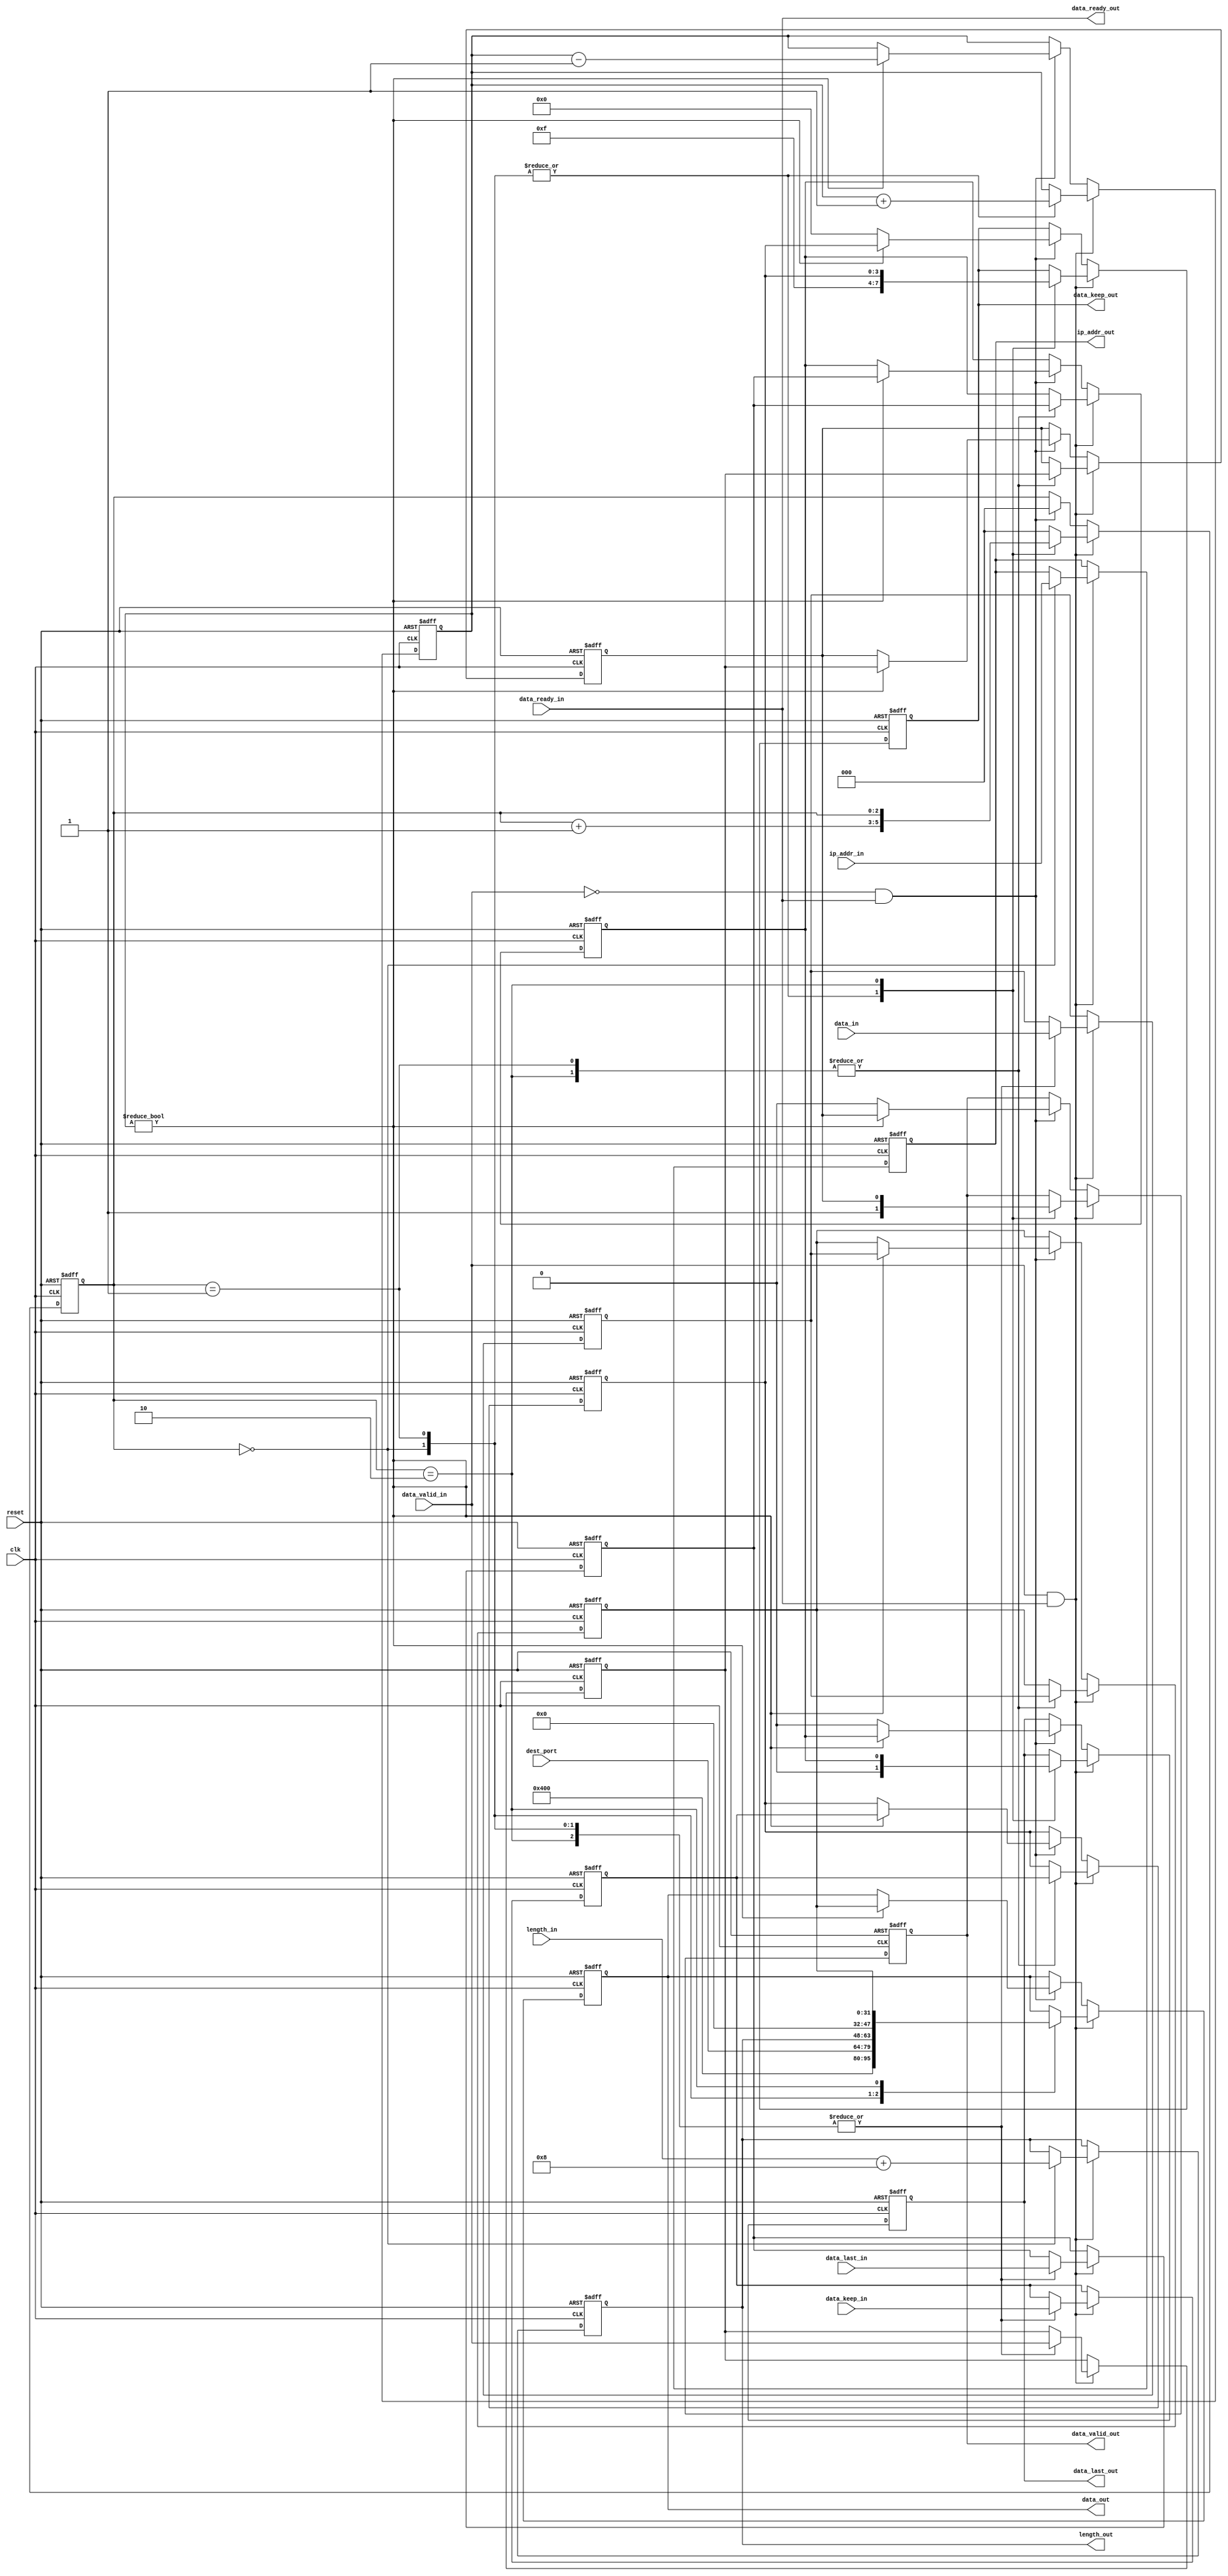
`timescale 1ns / 1ps

/********************************************************************************

udp_send.v

Takes in data from the application along with a valid bit, an IP address and destination port number, and encapsulates it with the UDP header.  Outputs the data, a valid bit, the destination IP address, and the data length.

Current implementation does not utilize checksum.

*********************************************************************************/

//UDP package
//0                       15                             31
//-------------------------------------------------------------
// 16-bit source port          |     16-bit destination port  |
//------------------------------------------------------------
// 16-bit UDP length            |      16-bit checksum          |
//-------------------------------------------------------------
//                        Data
//-------------------------------------------------------------

`define SOURCE_PORT 16'h0400
`define CHECKSUM 16'h0      // no checksum in udp
module udp_send(
    input           clk,
    input           reset,

    //udp data in
    input [31:0]        data_in,
    input               data_valid_in,
    input [3:0]         data_keep_in,
    input               data_last_in,
    output              data_ready_out,

    input [31:0]        ip_addr_in,
    input [15:0]        dest_port,
    input [15:0]        length_in,

    //udp data out
    output reg [31:0]   ip_addr_out,

    input               data_ready_in,
    output reg [31:0]   data_out,
    output reg          data_valid_out,
    output reg [3:0]    data_keep_out,
    output reg          data_last_out,
    output reg [15:0]   length_out

);

reg [2:0]               cnt, bufcnt;
reg [31:0]              data_buffer1, data_buffer2;
reg [3:0]               keep_buf1, keep_buf2;
reg                     last_buf1, last_buf2;
reg                     valid_buf1, valid_buf2;

assign data_ready_out = data_ready_in;

always @(posedge clk or posedge reset) begin
    if (reset) begin
        cnt <= 2'h0;
        bufcnt <= 2'h0;
        ip_addr_out <= 32'b0;
        data_valid_out <= 1'b0;
        data_out <= 32'b0;
        data_keep_out <= 'h0;
        data_last_out <= 1'b0;
        length_out <= 16'b0;
        data_buffer1 <= 32'b0;
        data_buffer2 <= 32'b0;
        {keep_buf2, keep_buf1} <= 'h0;
        {last_buf2, last_buf1} <= 'h0;
        {valid_buf2, valid_buf1} <= 'h0;
      end
    else if (data_valid_in && data_ready_in) begin
         case (cnt)
           0: begin
              data_out <= {`SOURCE_PORT, dest_port};
              data_valid_out <= 1'b1;
              data_keep_out <= 4'b1111;
              data_last_out <= 1'b0;
              ip_addr_out <= ip_addr_in;
              length_out <= length_in + 16'h8;
              data_buffer1 <= data_in;
              valid_buf1 <= data_valid_in;
              keep_buf1 <= data_keep_in;
              last_buf1 <= data_last_in;
              cnt <= cnt + 2'b1;
              bufcnt <= bufcnt + 2'h1;
           end
           1: begin
              data_out <= {length_out, `CHECKSUM};
              data_valid_out <= 1'b1;
              data_keep_out <= 4'b1111;
              data_last_out <= 1'b0;

              data_buffer2 <= data_buffer1;
              data_buffer1 <= data_in;
              valid_buf2 <= valid_buf1;
              valid_buf1 <= data_valid_in;
              keep_buf2 <= keep_buf1;
              keep_buf1 <= data_keep_in;
              last_buf2 <= last_buf1;
              last_buf1 <= data_last_in;

              cnt <= cnt + 2'b1;
              bufcnt <= bufcnt + 2'h1;
           end
           2: begin
              data_valid_out <= valid_buf2;
              data_out <= data_buffer2;
              data_keep_out <= keep_buf2;
              data_last_out <= last_buf2;
              data_buffer2 <= data_buffer1;
              data_buffer1 <= data_in;
              valid_buf2 <= valid_buf1;
              valid_buf1 <= data_valid_in;
              keep_buf2 <= keep_buf1;
              keep_buf1 <= data_keep_in;
              last_buf2 <= last_buf1;
              last_buf1 <= data_last_in;

           end
           default: cnt <= 2'h0;
         endcase
    end
    else if (~data_valid_in && data_ready_in) begin
         if (bufcnt != 2'h0) begin
            data_valid_out <= valid_buf2;
            data_out <= data_buffer2;
            data_keep_out <= keep_buf2;
            data_last_out <= last_buf2;

            data_buffer2 <= data_buffer1;
            valid_buf2 <= valid_buf1;
            keep_buf2 <= keep_buf1;
            last_buf2 <= last_buf1;
            //data_buffer1 <= data_in;

            bufcnt <= bufcnt - 2'h1;
            cnt <= 2'h0;
         end
        else begin
            data_valid_out <= 1'b0;
            data_keep_out <= 'h0;
            data_last_out <= 1'b0;
            cnt <= 2'h0;
        end
    end
end
endmodule